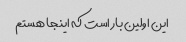
این اولین بار است که اینجا هستم